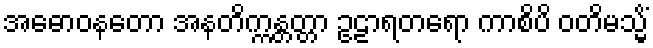
အဓောဝနတော အနတိက္ကန္တတ္တာ ဥဠာရတရော ကာစိပိ ဝတိမသ္မိံ